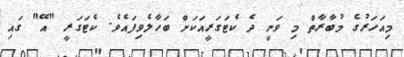
މިއަހަރުގެ މުބާރާތް މި ވަނީ ދެ ކެޓަގަރީއަކަށް ބަހާލެވިފައެވެ. ކެޓަގަރީ "އޭ" ގައި